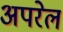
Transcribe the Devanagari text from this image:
अपरेल